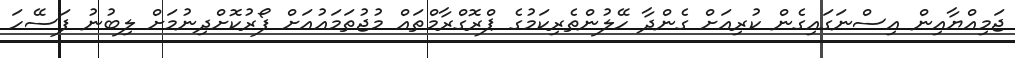
ޖަމިއްޔާއިން އިސްނަގައިގެން ކުރިއަށް ގެންދާ ހޭލުންތެރިކަމުގެ ޕްރޮގްރާމްތައް މުޖުތަމައުއަށް ފޯރުކޮށްދިނުމަށް ލިބުނު ފަސޭހަ